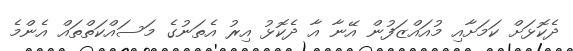
ދެކޮޅަށް ކަމަށާއި މުއައްޒަފުން އޭނާ އާ ދެކޮޅު އިރު އެތަނުގެ މަސައްކަތްތައް އެންމެ